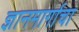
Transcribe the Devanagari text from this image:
ज्ञानमार्गाचा